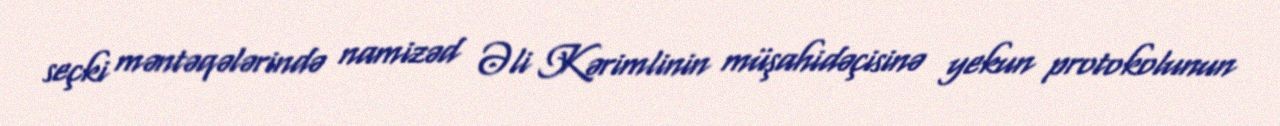
seçki məntəqələrində namizəd Əli Kərimlinin müşahidəçisinə yekun protokolunun